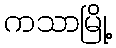
ကသာမြို့